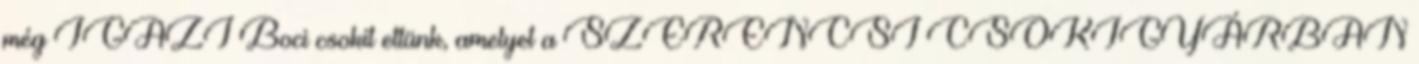
még IGAZI Boci csokit ettünk, amelyet a SZERENCSI CSOKIGYÁRBAN